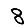
Digit: 8